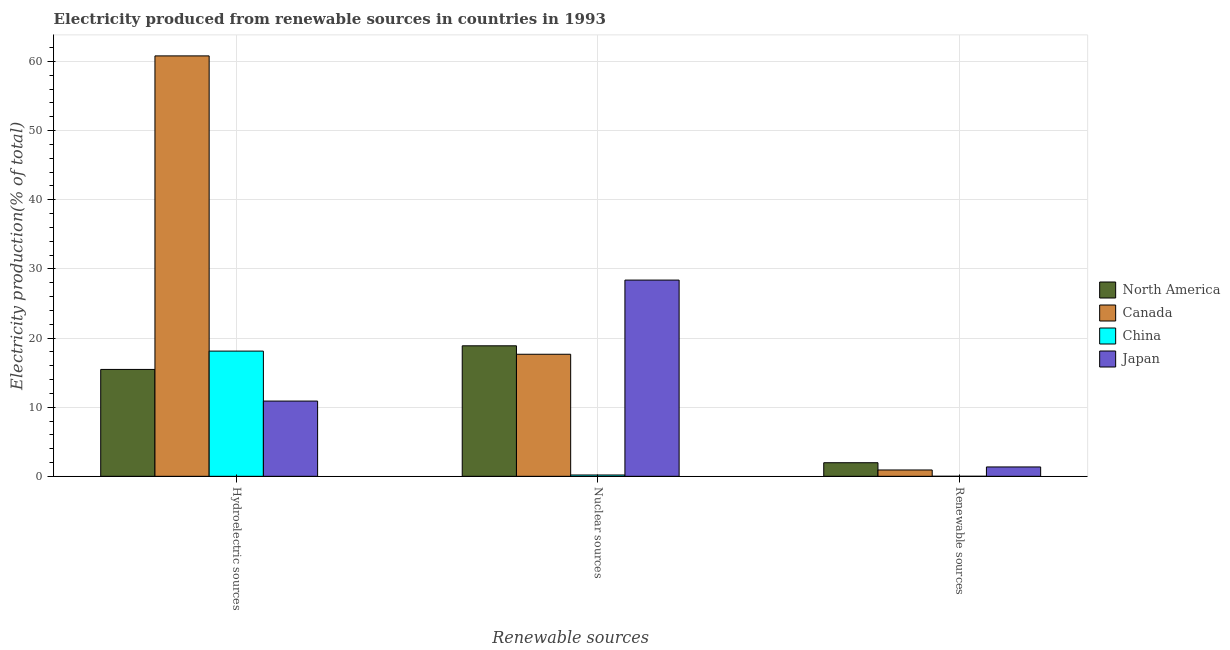
| Renewable sources | North America | Canada | China | Japan |
 | --- | --- | --- | --- | --- |
 | Hydroelectric sources | 15.5 | 60.8 | 18.1 | 10.9 |
 | Nuclear sources | 18.9 | 17.7 | 0.191 | 28.4 |
 | Renewable sources | 1.97 | 0.917 | 0.0031 | 1.35 |